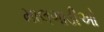
માલગાડીઓ